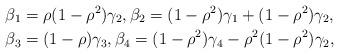
LaTeX: \begin{align*} \beta_1&=\rho(1-\rho^2)\gamma_2, \beta_2=(1-\rho^2)\gamma_1+(1-\rho^2)\gamma_2,\\ \beta_3&=(1-\rho)\gamma_3,\beta_4=(1-\rho^2)\gamma_4-\rho^2(1-\rho^2)\gamma_2,\end{align*}